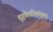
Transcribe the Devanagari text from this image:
शुद्धचैलाभिसंवृतम्।